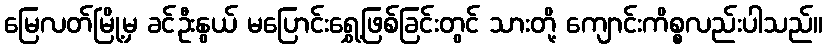
မြေလတ်မြို့မှ ခင်ဦးနွယ် မပြောင်းရွှေ့ဖြစ်ခြင်းတွင် သားတို့ ကျောင်းကိစ္စလည်းပါသည်။